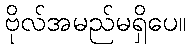
ဗိုလ်အမည်မရှိပေ။